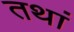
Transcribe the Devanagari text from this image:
तथां